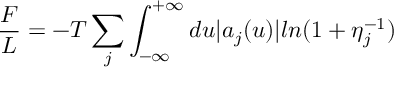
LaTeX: \frac { F } { L } = - T \sum _ { j } \int _ { - \infty } ^ { + \infty } d u | a _ { j } ( u ) | l n ( 1 + \eta _ { j } ^ { - 1 } )